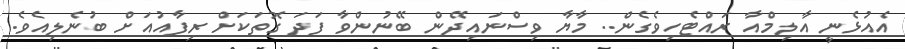
އެއުޅެނީ އާލިމްއާ ރައްޓެހިވެގެން.. މާޔާ ވިސްނައިދޭން ބޭނުންވާ ފަދަ ގޮތަކަށް ރިފާއުއަށް ބުނެލިއެވެ.